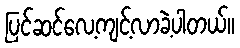
ပြင်ဆင်လေ့ကျင့်လာခဲ့ပါတယ်။